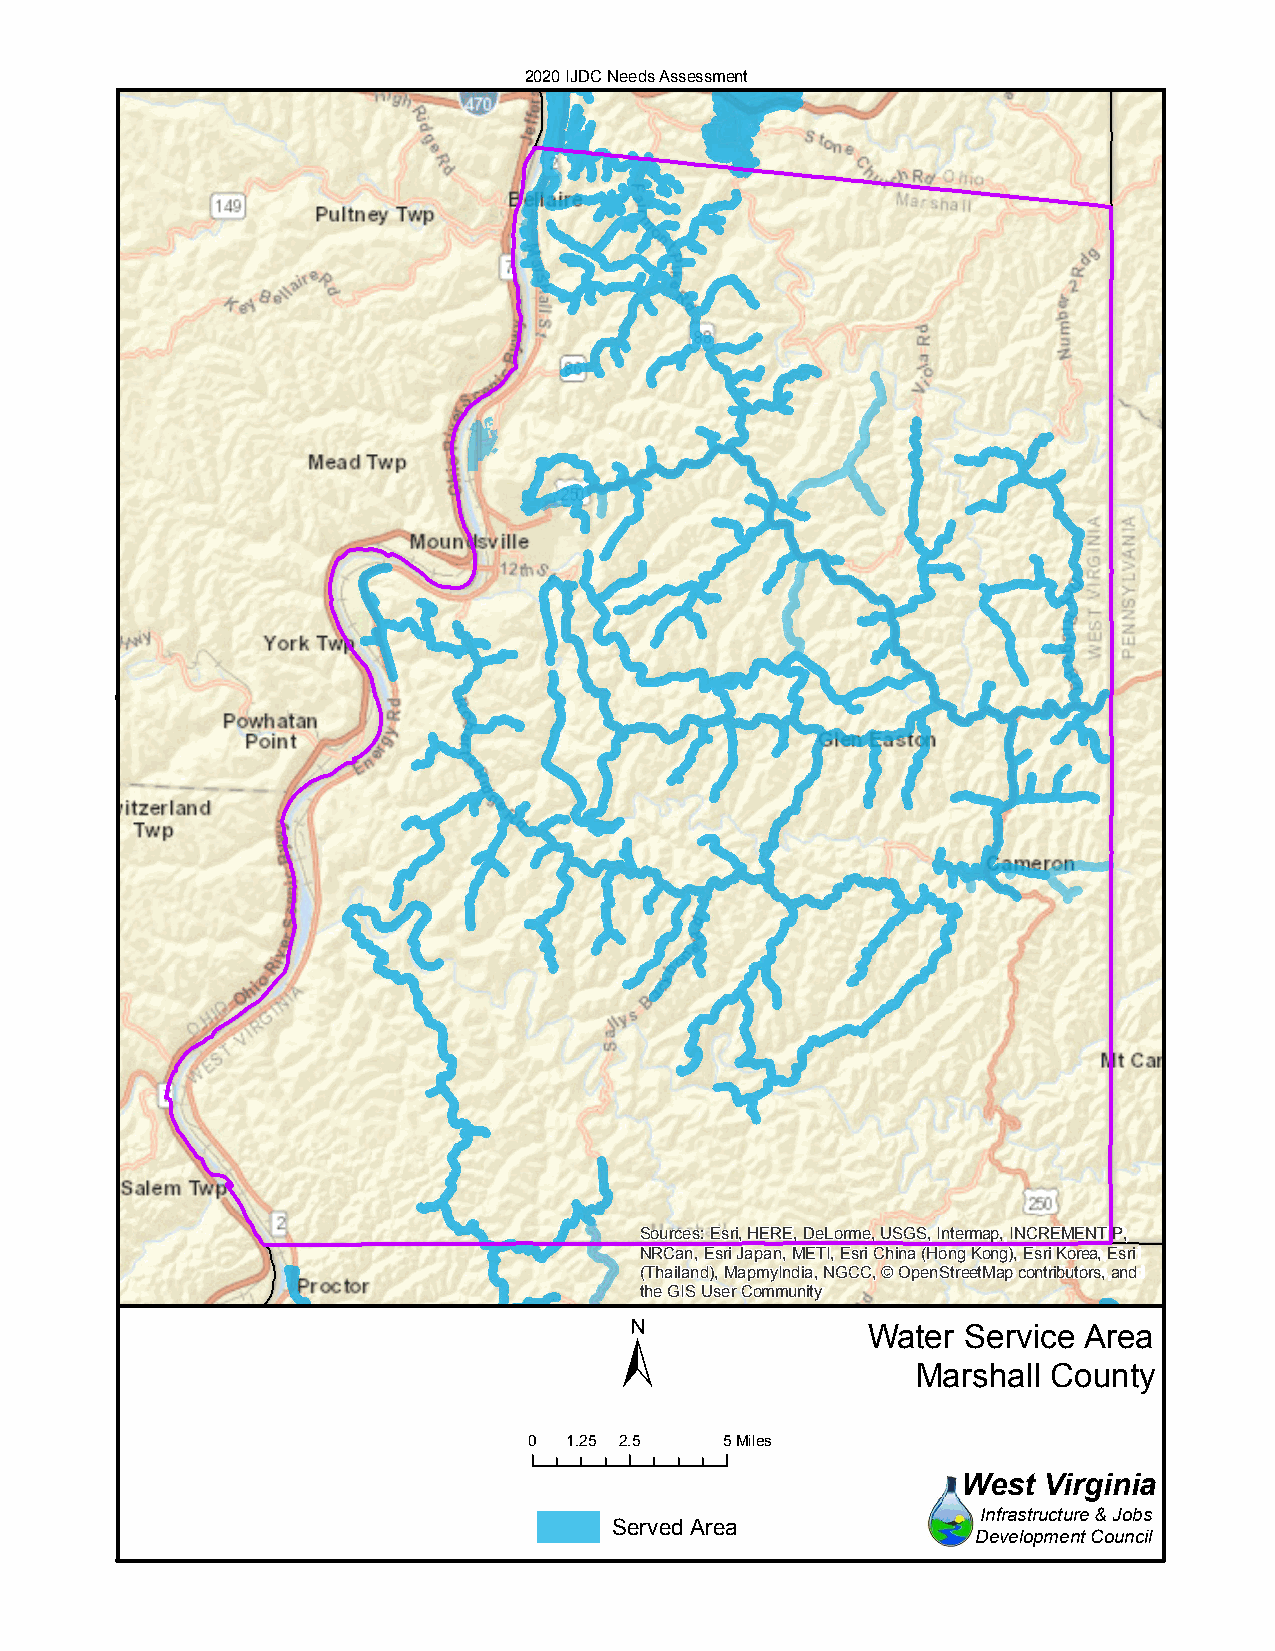
2020 IJDC Needs Assessment
 Sources: Esri, HERE, DeLorme, USGS, Intermap, INCREMENT P,
 NRCan, Esri Japan, METI, Esri China (Hong Kong), Esri Korea, Esri
 (Thailand), MapmyIndia, NGCC, © OpenStreetMap contributors, and
 the GIS User Community
 ±
 Water  Service Area
 Marshall County
 0 1.25 2.5   5Miles
 West Virginia
 Infrastructure & Jobs
 Served Area
 Development Council